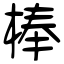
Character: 棒